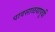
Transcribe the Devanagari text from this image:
पावसाळयापूर्वी